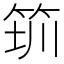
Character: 𥭃